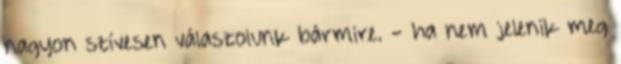
nagyon szívesen válaszolunk bármire. - ha nem jelenik meg